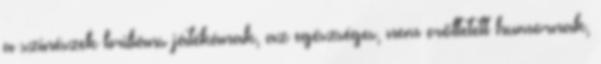
a színészek briliáns játékának, az egészséges, nem erőltetett humornak,